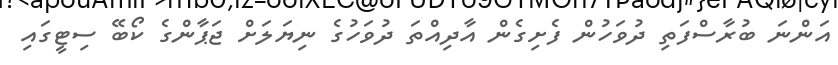
އަންނަ ބުރާސްފަތި ދުވަހުން ފެށިގެން އާދިއްތަ ދުވަހުގެ ނިޔަލަށް ޖަޕާންގެ ކޯބޭ ސިޓީގައި